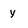
Character: y